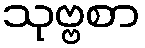
သုဗ္ဗစာ